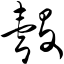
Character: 彀